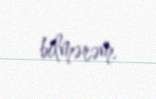
bilmərəm.